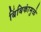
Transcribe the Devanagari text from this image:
बिंबिकांमुळे